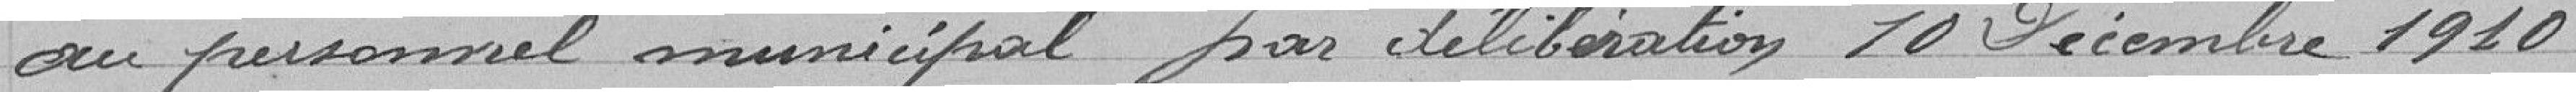
au personnel municipal par délibération 10 Décembre 1910.